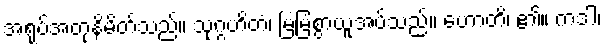
အရုပ်အတုနိမိတ်သည်။ သုဂ္ဂဟိတံ၊ မြဲမြံစွာယူအပ်သည်။ ဟောတိ၊ ၏။ ကဒါ၊